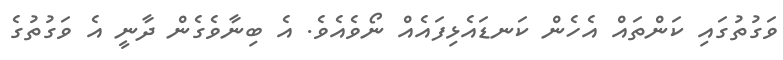
ވަގުތުގައި ކަންތައް އެހެން ކަނޑައެޅިފައެއް ނޯވެއެވެ. އެ ބިނާވެގެން ދާނީ އެ ވަގުތުގެ